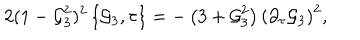
LaTeX: 2 ( 1 - { \cal G } _ { 3 } ^ { 2 } ) ^ { 2 } \left\{ { \cal G } _ { 3 } , \tau \right\} = - \left( 3 + { \cal G } _ { 3 } ^ { 2 } \right) \left( \partial _ { \tau } { \cal G } _ { 3 } \right) ^ { 2 } ,